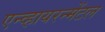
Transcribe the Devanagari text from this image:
एन्व्हायरन्मेंटल